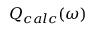
Q _ { c a l c } ( \omega )